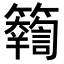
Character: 𥷤